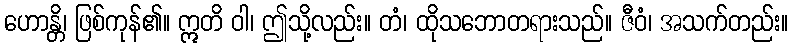
ဟောန္တိ၊ ဖြစ်ကုန်၏။ ဣတိ ဝါ၊ ဤသို့လည်း။ တံ၊ ထိုသဘောတရားသည်။ ဇီဝံ၊ အသက်တည်း။